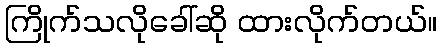
ကြိုက်သလိုခေါ်ဆို ထားလိုက်တယ်။